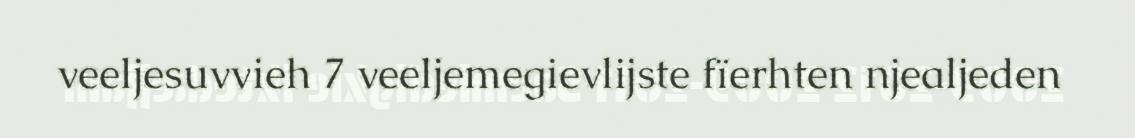
veeljesuvvieh 7 veeljemegievlijste fïerhten njealjeden